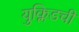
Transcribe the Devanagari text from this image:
युक्लिडची